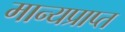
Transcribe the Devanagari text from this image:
मान्यप्राप्त